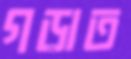
গড়াত